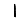
Digit: 1